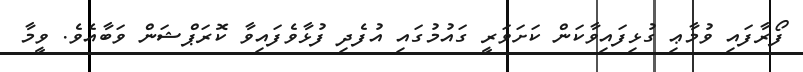
ފޯރާފައި ވުމާޢި ގުޅިފައިވާކަން ކަށަވަރީ ގައުމުގައި އުފެދި ފުޅާވެފައިވާ ކޮރަޕްޝަން ވަބާއެވެ. ވީމާ